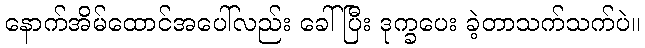
နောက်အိမ်ထောင်အပေါ်လည်း ခေါ်ပြီး ဒုက္ခပေး ခဲ့တာသက်သက်ပဲ။